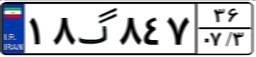
۱۸گ۸۴۷۳۶